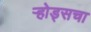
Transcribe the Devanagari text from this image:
ऱ्होड्सचा